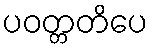
ပဝတ္တတိပေ